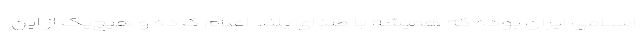
اسلامی ایران بوده که همیشه با صدای بلند اعلام کرده و هیچ‌یک از این